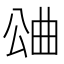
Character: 𣌶